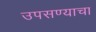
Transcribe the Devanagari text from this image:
उपसण्याचा